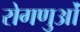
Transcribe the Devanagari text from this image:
रोगणुओं